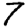
Digit: 7